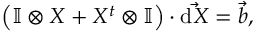
\left( \mathbb { I } \otimes X + X ^ { t } \otimes \mathbb { I } \right) \cdot \vec { \mathrm { d } X } = \vec { b } ,